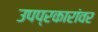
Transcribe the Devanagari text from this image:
उपप्रकारांवर